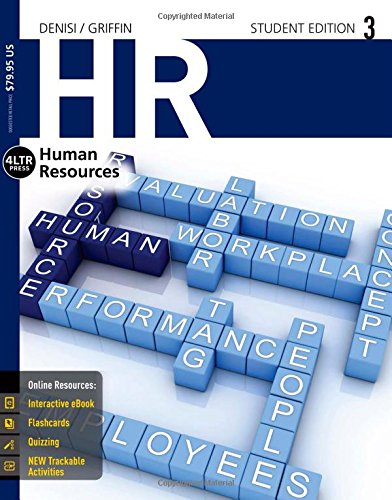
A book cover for HR 3 (with CourseMate, 1 term (6 months) Printed Access Card) (New, Engaging Titles from 4LTR Press); Angelo DeNisi; Business & Money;